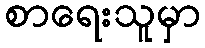
စာရေးသူမှာ